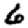
Digit: 6